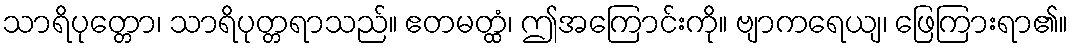
သာရိပုတ္တော၊ သာရိပုတ္တရာသည်။ ဧတမတ္ထံ၊ ဤအကြောင်းကို။ ဗျာကရေယျ၊ ဖြေကြားရာ၏။